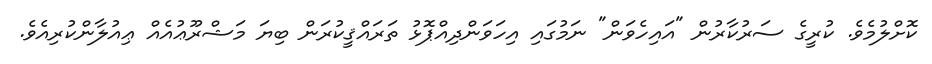
ކޮށްލުމެވެ. ކުރީގެ ސަރުކާރުން "އައިހެވަން" ނަމުގައި އިހަވަންދިއްޕޮޅު ތަރައްޤީކުރަން ބިޔަ މަޝްރޫޢުއެއް ޢިއުލާންކުރިއެވެ.